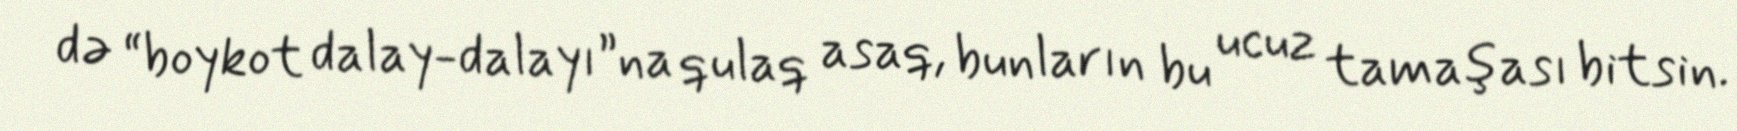
də “boykot dalay-dalayı”na qulaq asaq, bunların bu ucuz tamaşası bitsin.